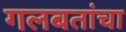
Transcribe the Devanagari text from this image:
गलबतांचा